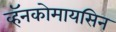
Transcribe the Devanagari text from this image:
व्हॅनकोमायसिन